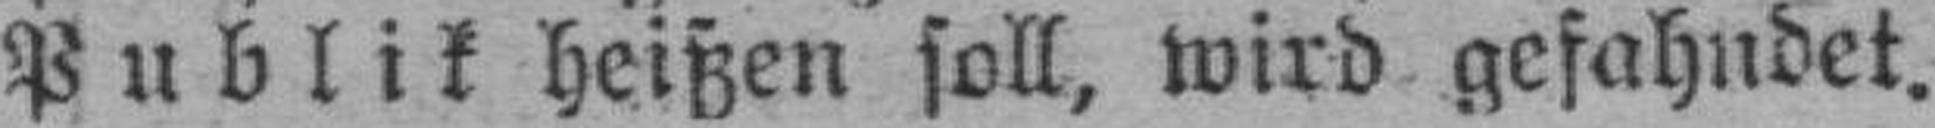
Publik heißen soll, wird gefahndet.